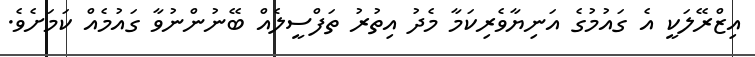
އިޒްރޭލަކީ އެ ގައުމުގެ އަނިޔާވެރިކަމާ މެދު އިތުރު ތަފްސީލެއް ބޭނުންނުވާ ގައުމެއް ކަމަށެވެ.